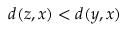
d ( z , x ) < d ( y , x )